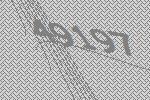
49197